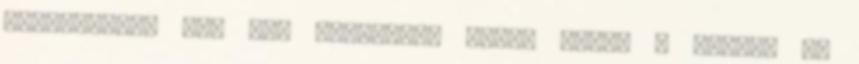
egészséges, sőt még fontosabb Műtét előtt 4 héttel ne